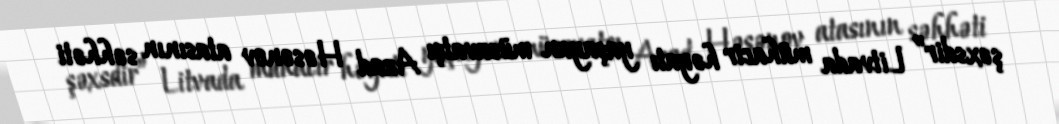
şəxsdir” Litvada mühacir həyatı yaşayan müsavatçı Azad Həsənov atasının səhhəti